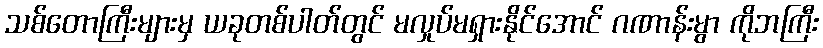
သစ်တောကြီးများမှ ယခုတစ်ပါတ်တွင် မလှုပ်မရှားနိုင်အောင် ဂဏာန်းမွာ ကိုဘကြီး